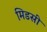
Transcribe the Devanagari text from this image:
मिडसी